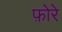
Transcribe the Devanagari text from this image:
फ़ोरे